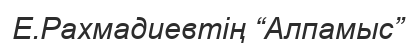
Е.Рахмадиевтің “Алпамыс”